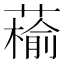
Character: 䕆